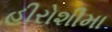
હીરોશીમા